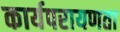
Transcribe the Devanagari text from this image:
कार्यपरायणता